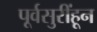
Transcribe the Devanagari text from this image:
पूर्वसुरींहून